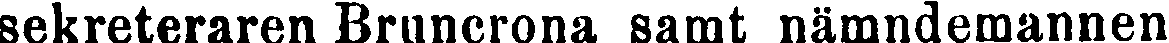
sekreteraren Bruncrona samt nämndemannen